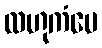
လဟုကံပေ